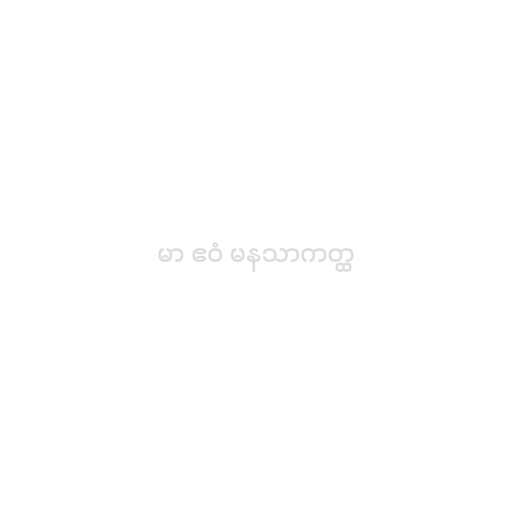
မာ ဧဝံ မနသာကတ္ထ